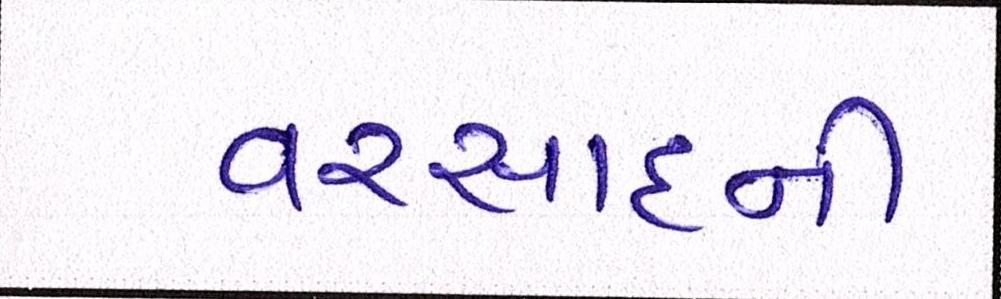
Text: વરસાદની